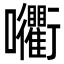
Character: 𡆚